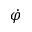
\dot { \varphi }